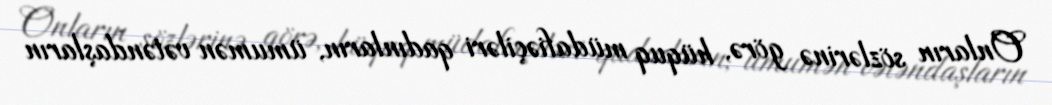
Onların sözlərinə görə, hüquq müdafiəçiləri qadınların, ümumən vətəndaşların